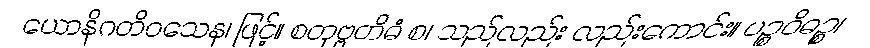
ယောနိဂတိဝသေန၊ ဖြင့်။ စတုဗ္ဗတိဓံ စ၊ သည်လည်း လည်းကောင်း။ ပဉ္စဝိဓဉ္စ၊